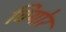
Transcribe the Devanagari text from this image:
वियोर